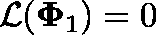
\mathcal { L } ( \mathbf { \Phi } _ { 1 } ) = 0